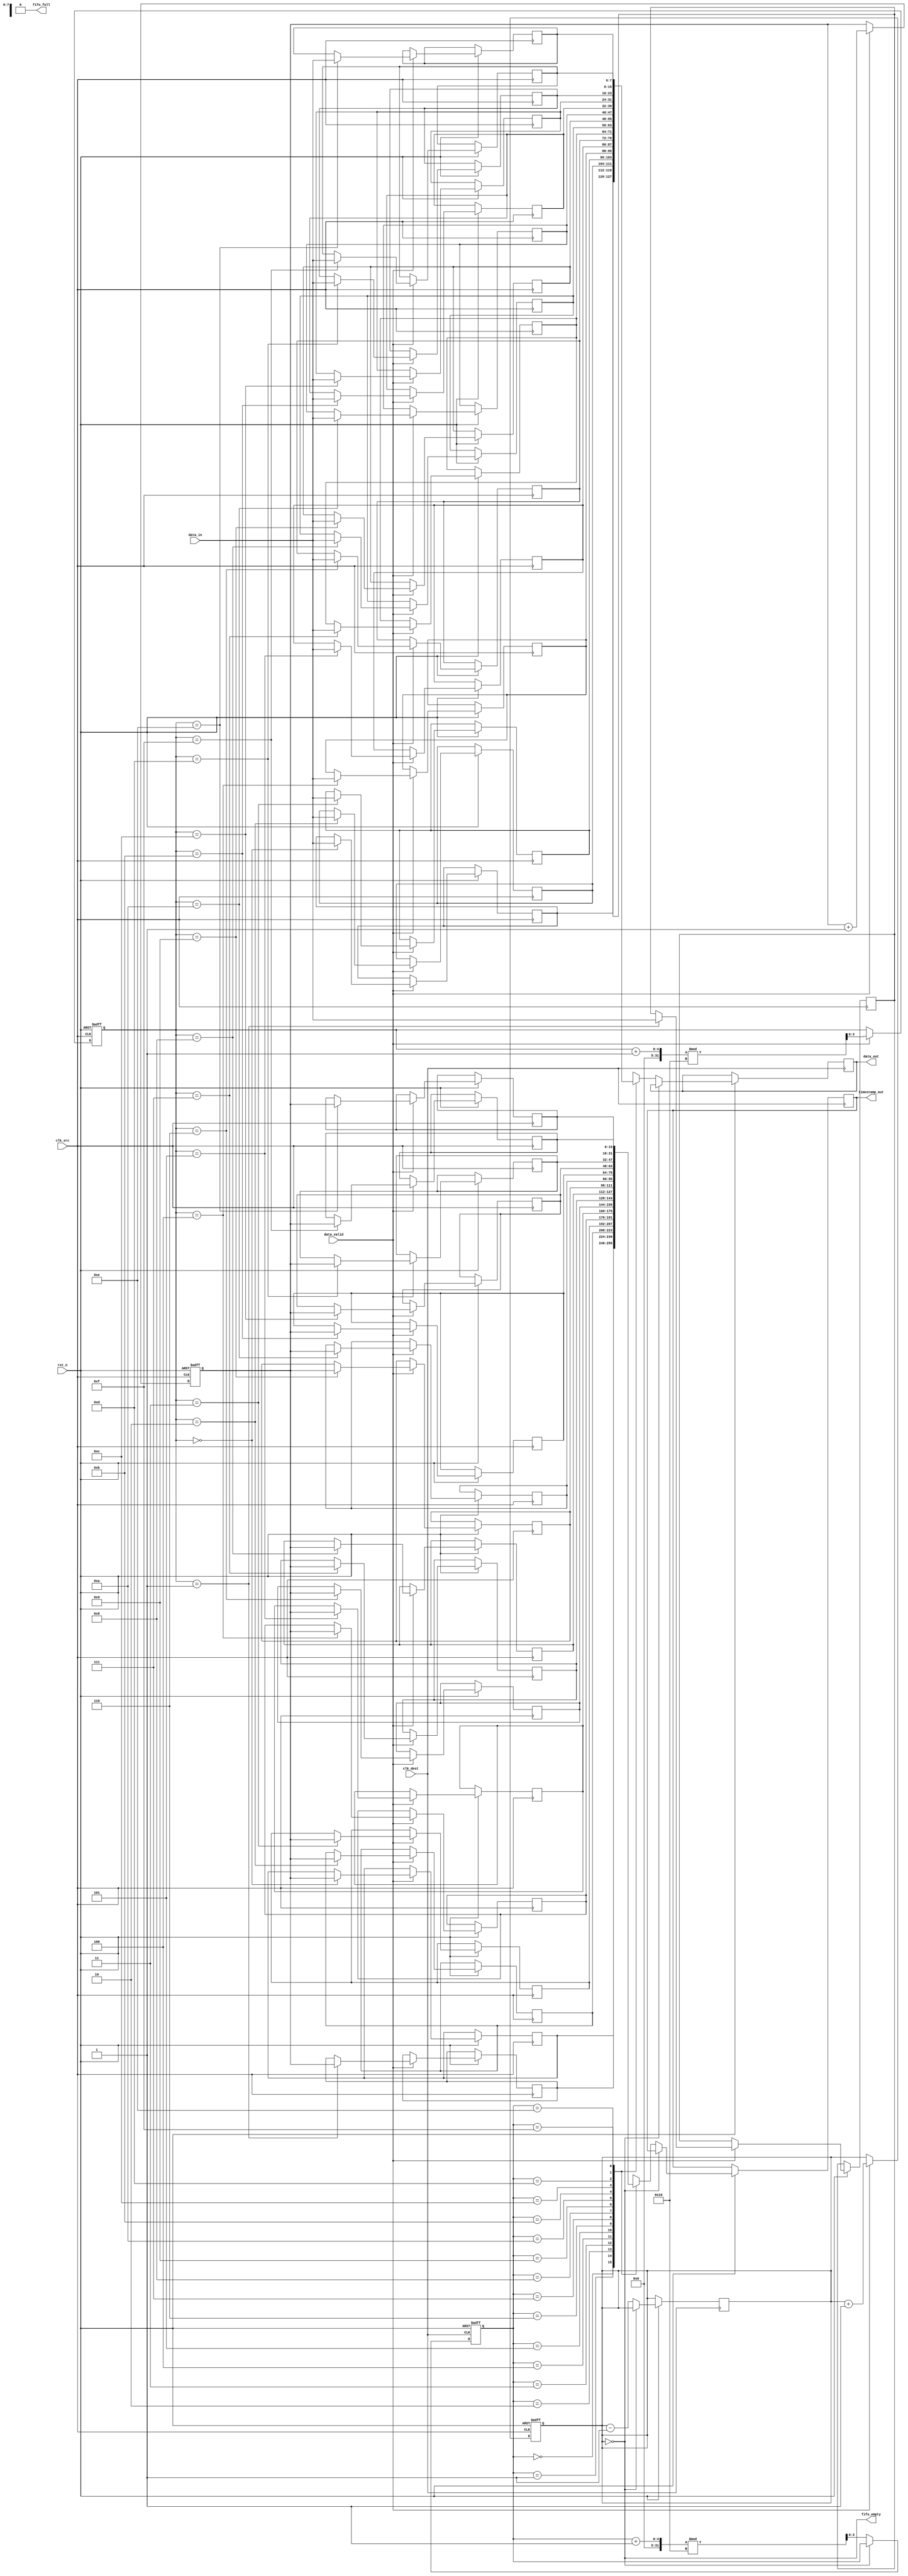
module time_stamped_synchronizer #(
    parameter DATA_WIDTH = 8,
    parameter FIFO_DEPTH = 16
)(
    input wire clk_src,                  // Source clock
    input wire clk_dest,                 // Destination clock
    input wire rst_n,                    // Active low reset
    input wire [DATA_WIDTH-1:0] data_in, // Data input from source memory block
    input wire data_valid,               // Data valid signal
    output wire [DATA_WIDTH-1:0] data_out,// Data output to destination memory block
    output wire [15:0] timestamp_out,    // Timestamp output
    output wire fifo_empty,              // FIFO empty flag
    output wire fifo_full                // FIFO full flag
);

    // FIFO buffer
    reg [DATA_WIDTH-1:0] fifo_data[FIFO_DEPTH-1:0];
    reg [15:0] fifo_timestamp[FIFO_DEPTH-1:0];
    reg [3:0] write_ptr = 0;
    reg [3:0] read_ptr = 0;
    reg [3:0] fifo_count = 0;

    // Timestamp counter
    reg [15:0] timestamp_counter = 0;

    // FIFO Write Logic (synchronized to clk_src)
    always @(posedge clk_src or negedge rst_n) begin
        if (!rst_n) begin
            write_ptr <= 0;
            fifo_count <= 0;
            timestamp_counter <= 0;
        end else if (data_valid && !fifo_full) begin
            fifo_data[write_ptr] <= data_in;
            fifo_timestamp[write_ptr] <= timestamp_counter;
            write_ptr <= (write_ptr + 1) % FIFO_DEPTH;
            fifo_count <= fifo_count + 1;
            timestamp_counter <= timestamp_counter + 1; // Increment timestamp
        end
    end

    // FIFO Read Logic (synchronized to clk_dest)
    always @(posedge clk_dest or negedge rst_n) begin
        if (!rst_n) begin
            read_ptr <= 0;
        end else if (!fifo_empty) begin
            data_out <= fifo_data[read_ptr];
            timestamp_out <= fifo_timestamp[read_ptr];
            read_ptr <= (read_ptr + 1) % FIFO_DEPTH;
            fifo_count <= fifo_count - 1;
        end
    end

    // FIFO Status Flags
    assign fifo_empty = (fifo_count == 0);
    assign fifo_full = (fifo_count == FIFO_DEPTH);

endmodule